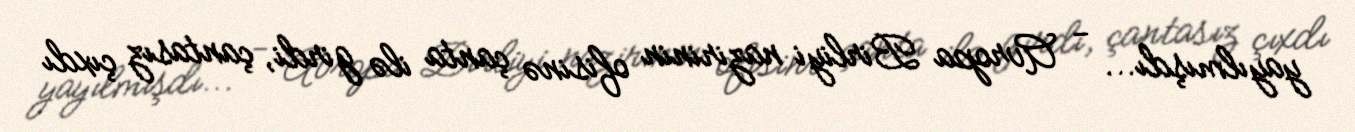
yayılmışdı... - Avropa Birliyi nazirinin ofisinə çanta ilə girdi, çantasız çıxdı